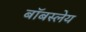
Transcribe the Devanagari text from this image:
बॉबस्लेय